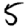
Digit: 5